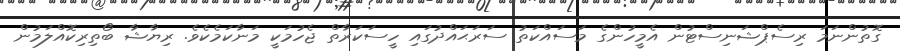
ގޮތުންނަމަ ރިސެޕްޝަނިސްޓުން އެމީހުންގެ މަސައްކަތު ސަރަޙައްދުގައި ހީސަކަރާތް ޖެހުމަކީ މަނާކަމެކެވެ. ރިޔާޝާ ބޯތިރިކޮއްލަމުން